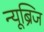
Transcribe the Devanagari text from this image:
न्यूब्रिज